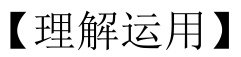
【理解运用】